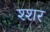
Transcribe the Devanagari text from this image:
श्शर